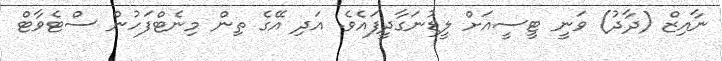
ނާއިޒް (ދާދު) ވަނީ ޓީސީއަށް ލީޑުނަގާދީފައެވެ. އަދި އޭގެ ތިން މިނެޓްފަހުން ސްޓެވާޓް